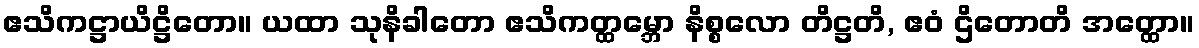
ဧသိကဋ္ဌာယိဋ္ဌိတော။ ယထာ သုနိခါတော ဧသိကတ္ထမ္ဘော နိစ္စလော တိဋ္ဌတိ, ဧဝံ ဌိတောတိ အတ္ထော။